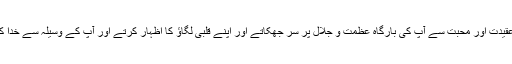
یہاں کے عوام بھی بے انتہا عقیدت اور محبت سے آپ کی بارگاہ عظمت و جلال پر سر جھکاتے اور اپنے قلبی لگاؤ کا اظہار کرتے اور آپ کے وسیلہ سے خدا کی بارگاہ میں دعا کرتے ہیں۔